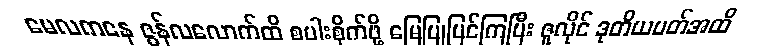
မေလကနေ ဇွန်လလောက်ထိ စပါးစိုက်ဖို့ မြေပြုပြင်ကြပြီး ဇူလိုင် ဒုတိယပတ်အထိ